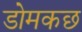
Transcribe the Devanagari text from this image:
डोमकछ